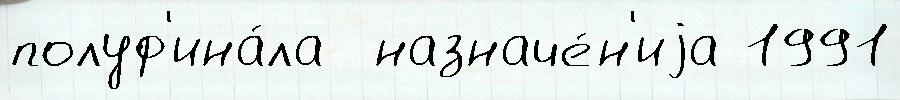
полуф'ина́ла  назначе́н'иjа 1991